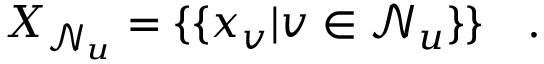
X _ { \mathcal { N } _ { u } } = \{ \{ x _ { v } | v \in \mathcal { N } _ { u } \} \} \quad .